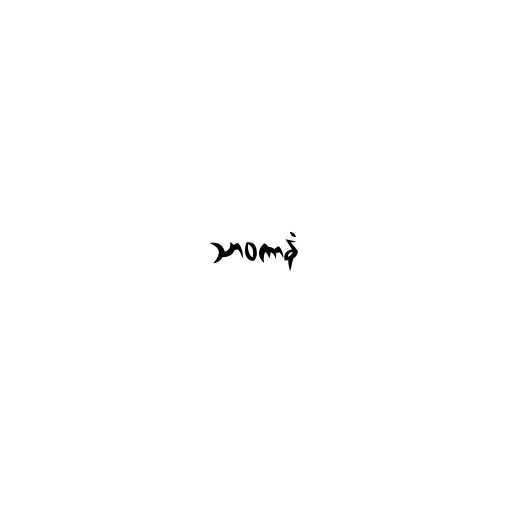
သာဝကာနံ